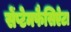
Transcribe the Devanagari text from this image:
सेंप्टेमफैसिऐटा